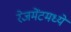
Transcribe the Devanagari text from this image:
रेजमेंटमध्ये